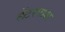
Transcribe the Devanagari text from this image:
लेंटरपाश